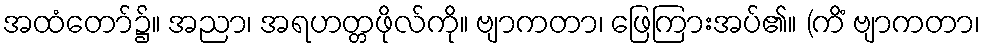
အထံတော်၌။ အညာ၊ အရဟတ္တဖိုလ်ကို။ ဗျာကတာ၊ ဖြေကြားအပ်၏။ (ကိံ ဗျာကတာ၊